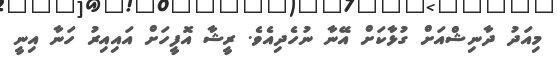
މިއަދު ދާނިޝްއަށް ގުޅާކަށް އޭނާ ނުހެދިއެވެ. ރީޝާ އޮފީހަށް އައިއިރު ހަނާ އިނީ